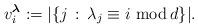
LaTeX: \begin{gather*} v_i^{\boldsymbol{\lambda}}:=|\{j\,:\,\lambda_j\equiv i\,\,\mathrm{mod}\, d\}|.\end{gather*}